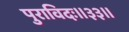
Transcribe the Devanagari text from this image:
पुराविदः॥३३॥